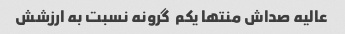
عالیه صداش منتها یکم  گرونه نسبت به ارزشش